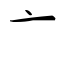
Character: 亠